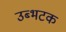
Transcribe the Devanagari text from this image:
उब्भटक